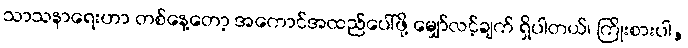
သာသနာရေးဟာ တစ်နေ့တော့ အကောင်အထည်ပေါ်ဖို့ မျှော်လင့်ချက် ရှိပါတယ်၊ ကြိုးစားပါ,